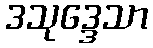
ဒသုဒ္ဒေသာ